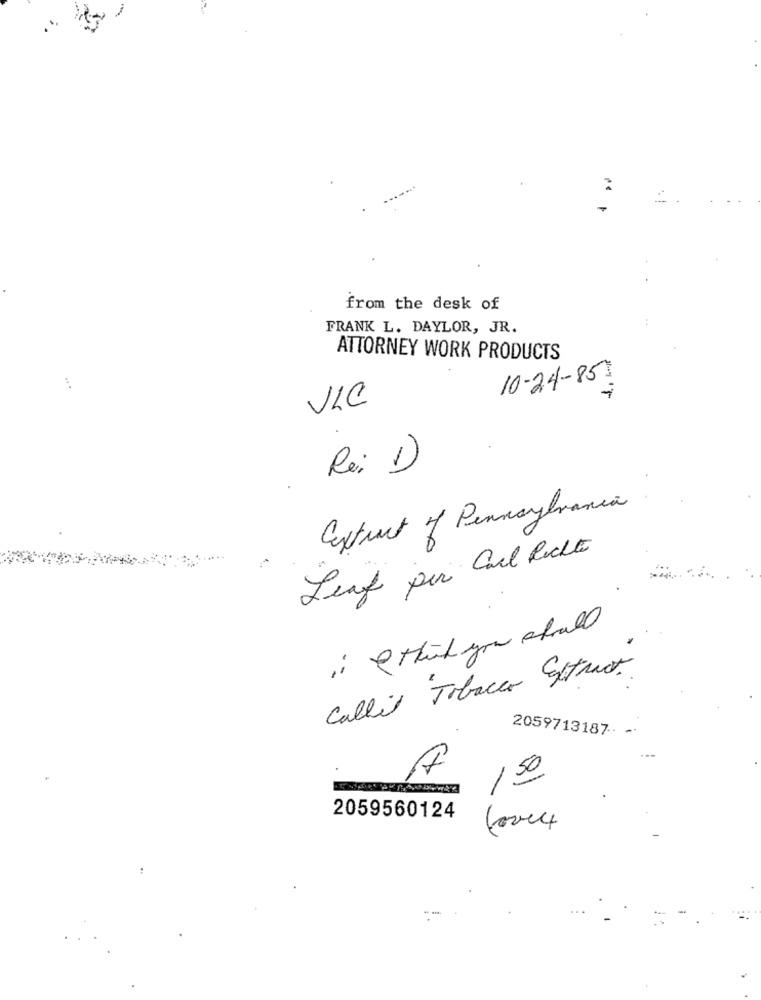
from the desk of
FRANK L. DAYLOR, JR.
ATTORNEY WORK PRODUCTS
10-24-85-
VLC
Rei D)
Extract of Pennsylvania
Leaf per Cal Rechte
I think you shall
Callit Tobacco Extract
2059713187. -
A
150
2059560124